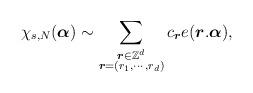
LaTeX: \begin{align*}\chi_{s,N}(\boldsymbol{\alpha})\sim\displaystyle\sum_{\substack{\boldsymbol{r}\in\mathbb{Z}^d\\ \boldsymbol{r}=(r_1,\cdots,r_d)}}c_{\boldsymbol{r}}e(\boldsymbol{r}.\boldsymbol{\alpha}),\end{align*}